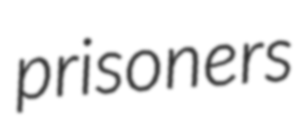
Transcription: prisoners